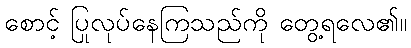
စောင့် ပြုလုပ်နေကြသည်ကို တွေ့ရလေ၏။